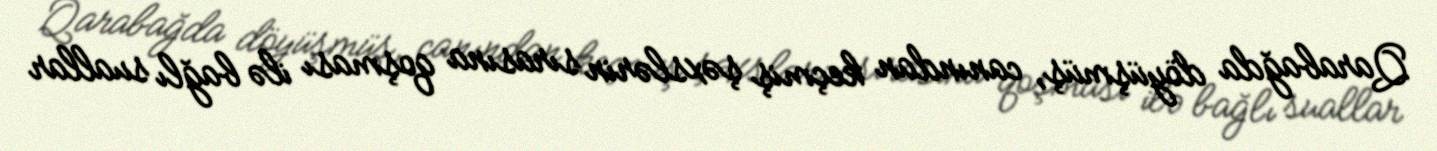
Qarabağda döyüşmüş, canından keçmiş şəxslərin sırasına qoşması ilə bağlı suallar